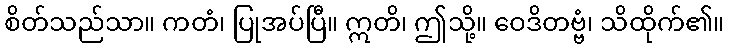
စိတ်သည်သာ။ ကတံ၊ ပြုအပ်ပြီ။ ဣတိ၊ ဤသို့။ ဝေဒိတဗ္ဗံ၊ သိထိုက်၏။